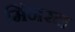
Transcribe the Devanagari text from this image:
मिंनरल